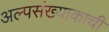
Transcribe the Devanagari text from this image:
अल्पसंख्याकाची